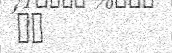
٨٤